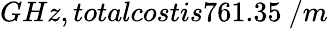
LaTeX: GHz,totalcostis761.35\ /m